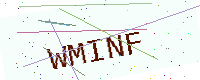
Text: WMINF